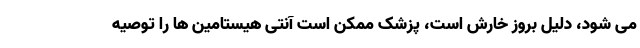
می شود، دلیل بروز خارش است، پزشک ممکن است آنتی هیستامین ها را توصیه